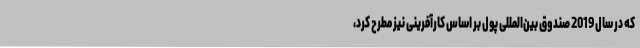
که در سال 2019 صندوق بین‌المللی پول بر اساس کارآفرینی نیز مطرح کرد،